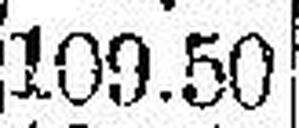
109.50